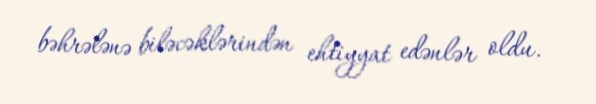
bəhrələnə biləcəklərindən ehtiyyat edənlər oldu.